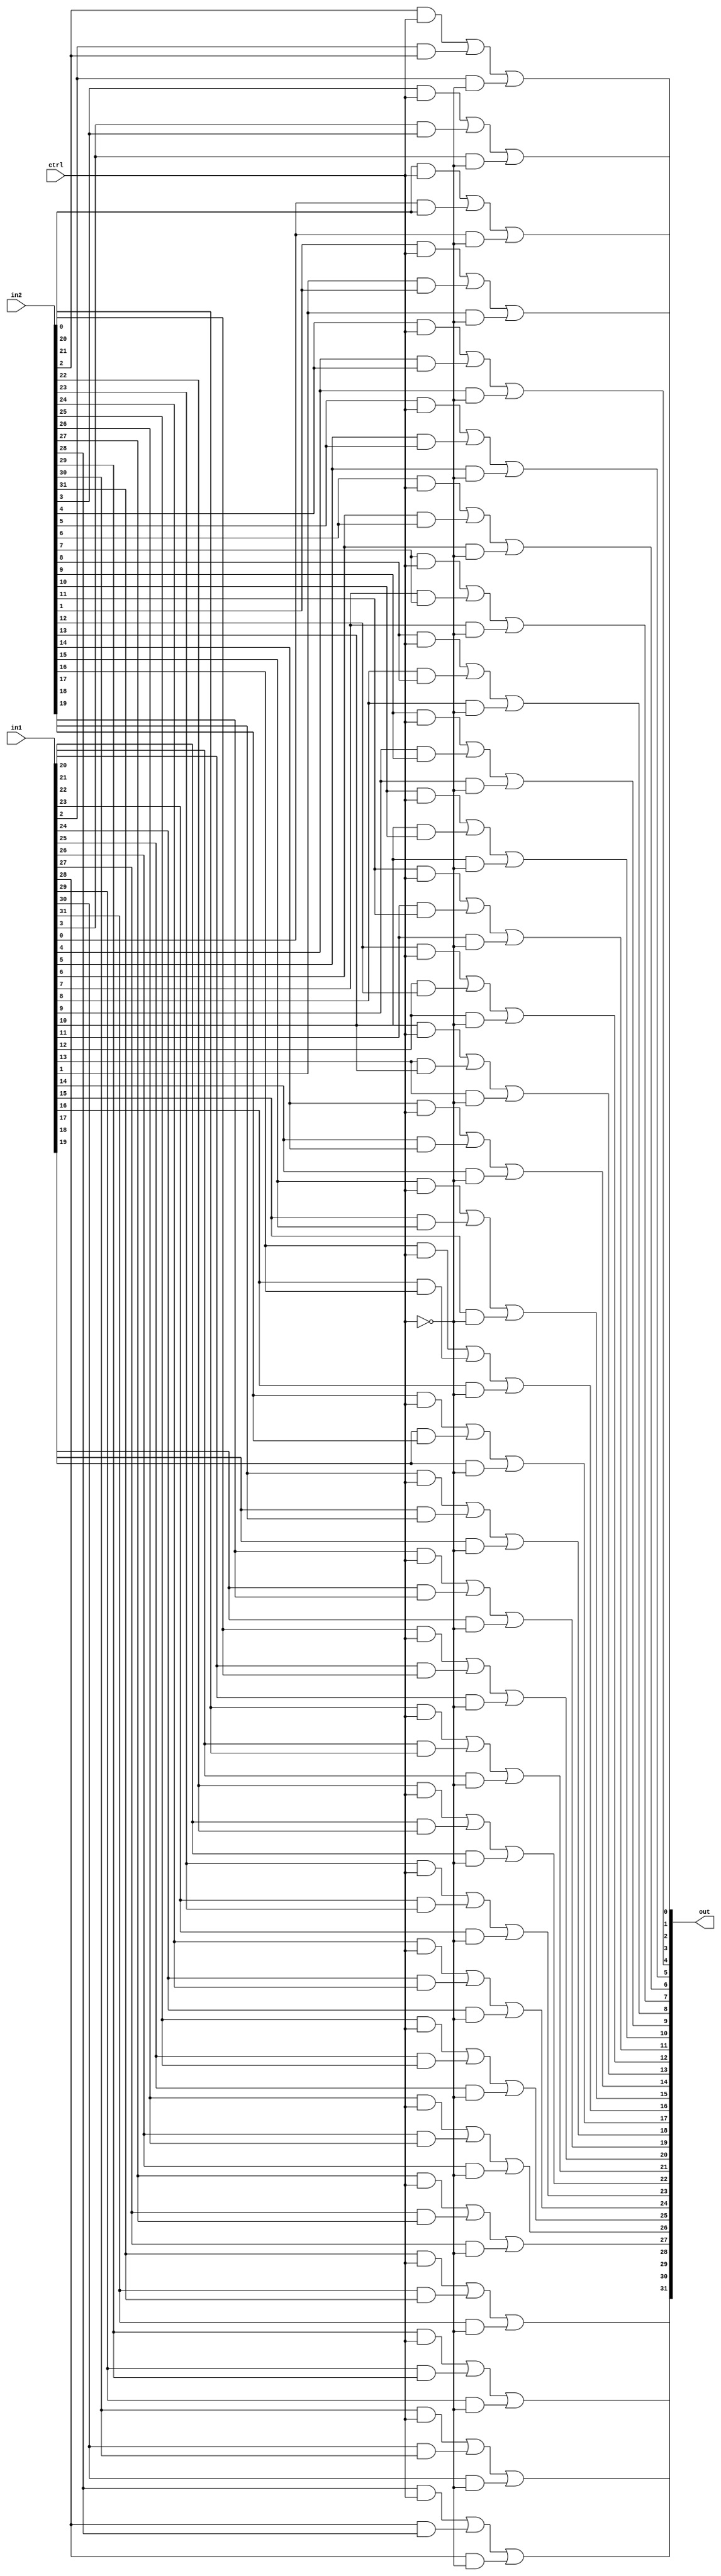
module mux2_1(in1, in2, out, ctrl);

	/* 2:1 mux. Outputs in1 if ctrl is 0 and outputs in2 if ctrl is 1 */

	input[31:0] in1, in2;
	input ctrl;
	output[31:0] out;
	
	genvar i;
	generate
		for (i = 0; i <= 31; i = i + 1) begin: loop1
			wire m1, m2, m3, not_ctrl, m4;
			and and1(m1, in2[i], ctrl);
			and and2(m2, in1[i], in2[i]);
			not not1(not_ctrl, ctrl);
			and and3(m3, in1[i], not_ctrl);
			
			or or1(m4, m1, m2);
			or or2(out[i], m4, m3);
			
		end
	endgenerate
	
	

endmodule